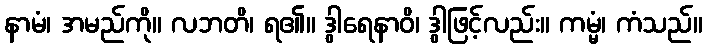
နာမံ၊ အမည်ကို။ လဘတိ၊ ရ၏။ ဒွါရေနာဝိ၊ ဒွါဖြင့်လည်း။ ကမ္မံ၊ ကံသည်။